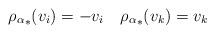
LaTeX: \begin{align*} {\rho_\alpha}_*(v_i)=-v_i\quad{\rho_\alpha}_*(v_k)=v_k\ \end{align*}